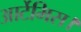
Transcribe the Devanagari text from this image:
आर्टेमिस।